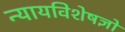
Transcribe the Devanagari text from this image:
न्यायविशेषज्ञों